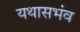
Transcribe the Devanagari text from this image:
यथासभंव